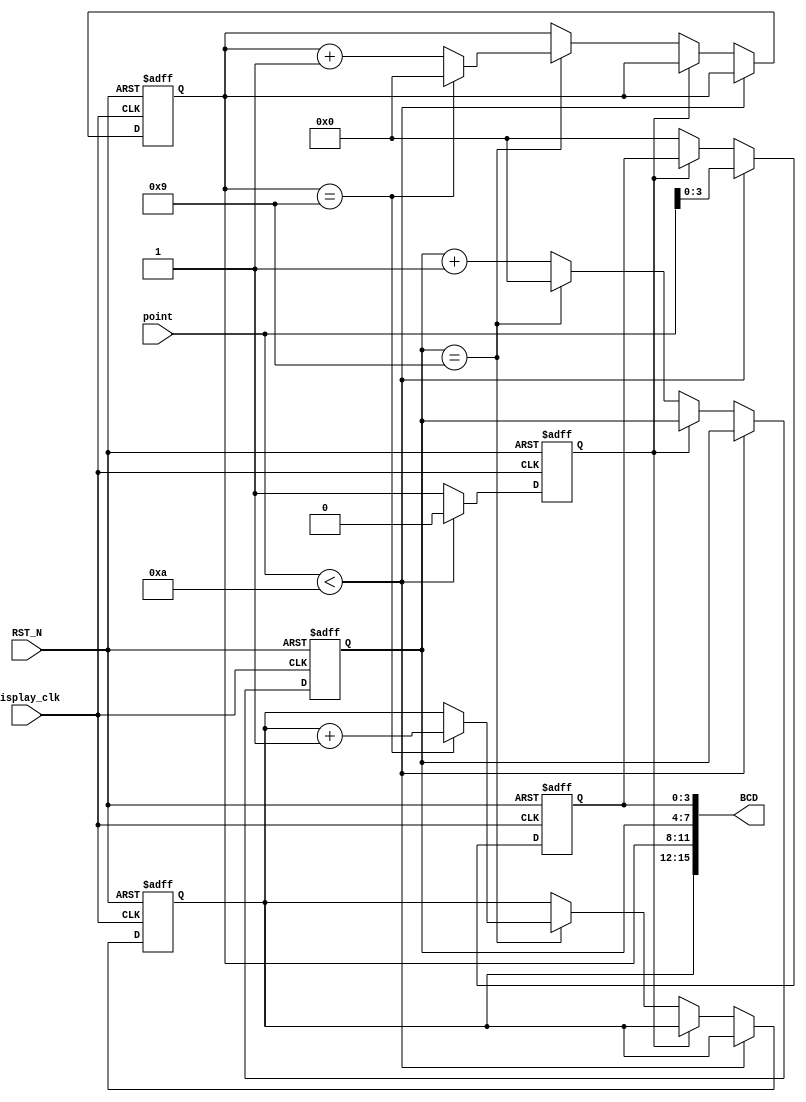
`timescale 1ns / 1ps
//////////////////////////////////////////////////////////////////////////////////
// Company: 
// Engineer: 
// 
// Design Name: 
// Module Name:    points 
// Project Name: 
// Target Devices: 
// Tool versions: 
// Description: 
//
// Dependencies: 
//
// Revision: 
// Revision 0.01 - File Created
// Additional Comments: 
//
//////////////////////////////////////////////////////////////////////////////////
module points(display_clk, RST_N,BCD,point);

input  display_clk;
input [15:0] point;
input RST_N;
output reg [15:0]BCD = 0;
reg Zero_point =0;
reg [3:0] bcd1_NEXT=0;
reg [3:0] bcd2_NEXT =0;
reg [3:0] bcd3_NEXT =0;
reg [3:0] bcd4_NEXT=0;
reg [3:0] bcd1=0;
reg [3:0] bcd2=0;
reg [3:0] bcd3=0;
reg [3:0] bcd4=0;


	always@(*)begin

		bcd1=bcd1_NEXT;
		bcd2=bcd2_NEXT ;
		bcd3=bcd3_NEXT;
		bcd4=bcd4_NEXT;
		
		BCD = {bcd4,bcd3,bcd2,bcd1};
	
	end 
	
	always@(posedge display_clk or negedge RST_N)begin
	
		if(!RST_N)begin
			bcd1_NEXT = 0;
			bcd2_NEXT = 0;
			bcd3_NEXT = 0;
			bcd4_NEXT = 0;
			Zero_point =0;
		end
		else begin
			if(point < 4'd10)begin 
				Zero_point =0;
				bcd1_NEXT = point;
			end
			else begin 
				if (Zero_point==0)begin
					bcd1_NEXT = 0;
					Zero_point =1;
					if(bcd2 == 4'd9)begin
						bcd2_NEXT = 0;
						if(bcd3 == 4'd9)begin
							bcd3_NEXT = 0;
							bcd4_NEXT = bcd4 + 1;
						end
						else bcd3_NEXT = bcd3 + 1;
					end else bcd2_NEXT = bcd2 + 1;
				end
			end
		end

		
	end


















endmodule